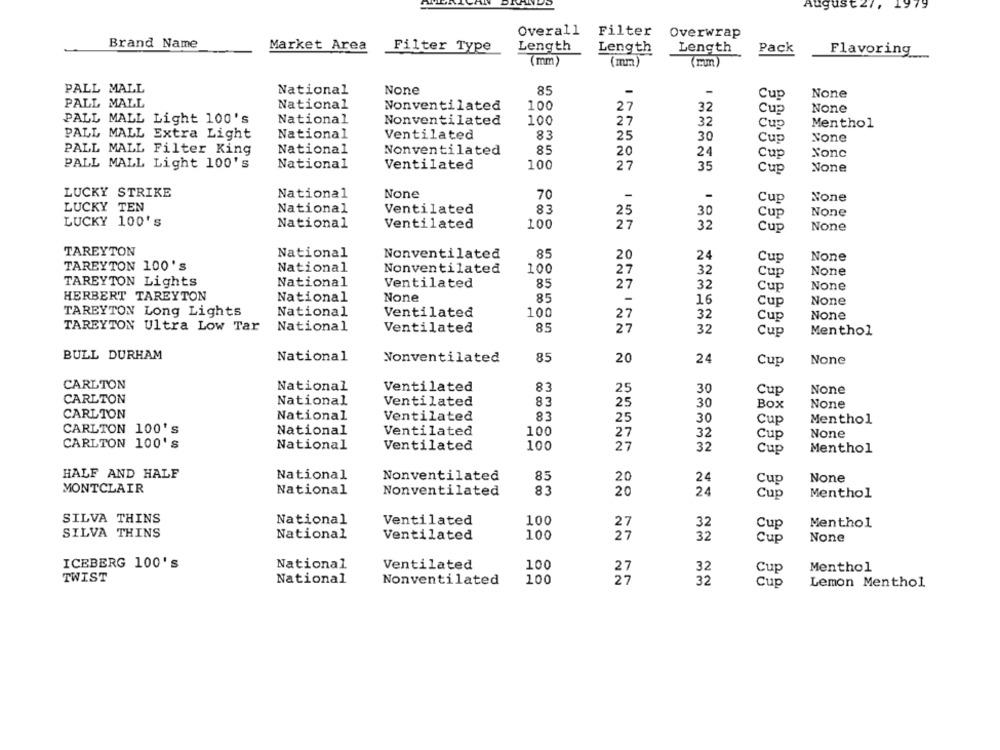
August 27, 1979
Overall
Filter
Overwrap
Brand Name
Market Area
Filter Type
Length
Length
Length
Pack
Flavoring
(mm)
(mm)
PALL MALL
National
85
-
Cup
PALL MALL
National
Nonventilated
100
27
32
Cup
PALL MALL Light 100's
National
Nonventilated
100
27
32
Cup
Menthol
PALL MALL Extra Light
National
Ventilated
83
25
30
Cup
PALL MALL Filter King
National
Nonventilated
85
20
24
Cup
Nonc
PALL MALL Light 100's
National
Ventilated
100
27
35
Cup
LUCKY STRIKE
National
70
-
-
Cup
LUCKY TEN
National
Ventilated
83
25
30
Cup
LUCKY 100'S
National
Ventilated
100
27
32
Cup
TAREYTON
National
Nonventilated
85
24
20
Cup
TAREYTON 100's
National
Nonventilated
100
27
32
Cup
TAREYTON Lights
National
Ventilated
85
27
32
Cup
HERBERT TAREYTON
National
85
-
16
Cup
TAREYTON Long Lights
National
Ventilated
100
27
32
Cup
TAREYTON Ultra Low Tar
National
Ventilated
85
27
32
Cup
Menthol
BULL DURHAM
National
Nonventilated
85
20
24
Cup
CARLTON
National
Ventilated
83
25
30
Cup
CARLTON
National
Ventilated
83
25
30
Box
CARLTON
National
Ventilated
83
25
30
Cup
Menthol
CARLTON 100's
National
Ventilated
100
27
32
Cup
CARLTON 100's
National
Ventilated
100
27
32
Cup
Menthol
HALF AND HALF
National
Nonventilated
85
20
24
Cup
MONTCLAIR
National
Nonventilated
83
20
24
Cup
Menthol
SILVA THINS
National
Ventilated
100
27
32
Cup
Menthol
SILVA THINS
National
Ventilated
100
27
32
Cup
ICEBERG 100's
National
Ventilated
100
27
32
Cup
Menthol
TWIST
National
Nonventilated
100
27
32
Cup
Lemon Menthol